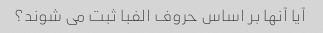
آیا آنها بر اساس حروف الفبا ثبت می شوند؟